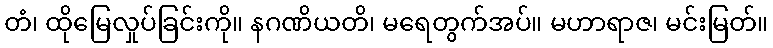
တံ၊ ထိုမြေလှုပ်ခြင်းကို။ နဂဏိယတိ၊ မရေတွက်အပ်။ မဟာရာဇ၊ မင်းမြတ်။